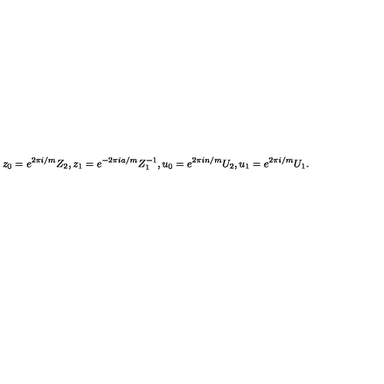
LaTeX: z _ { 0 } = e ^ { 2 \pi i / m } Z _ { 2 } , z _ { 1 } = e ^ { - 2 \pi i a / m } Z _ { 1 } ^ { - 1 } , u _ { 0 } = e ^ { 2 \pi i n / m } U _ { 2 } , u _ { 1 } = e ^ { 2 \pi i / m } U _ { 1 } .